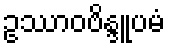
ဥဿာဝဗိန္ဒူပမံ